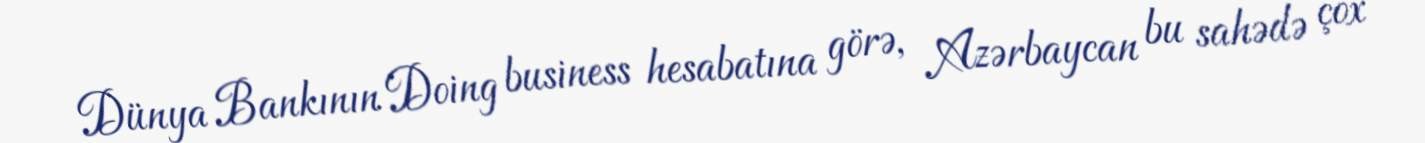
Dünya Bankının Doing business hesabatına görə, Azərbaycan bu sahədə çox